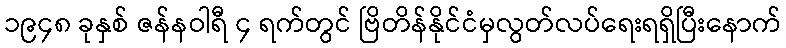
၁၉၄၈ ခုနှစ် ဇန်နဝါရီ ၄ ရက်တွင် ဗြိတိန်နိုင်ငံမှလွတ်လပ်ရေးရရှိပြီးနောက်